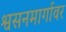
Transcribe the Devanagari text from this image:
श्वसनमार्गावर